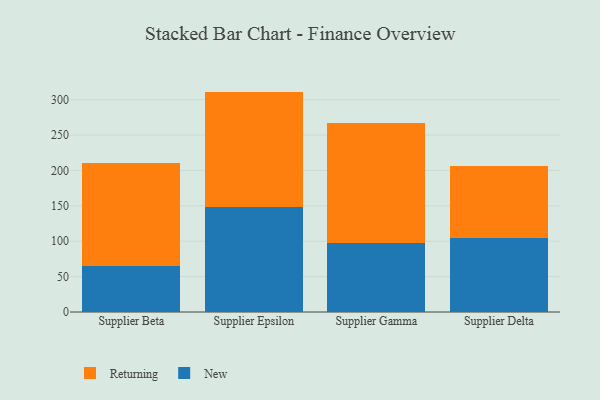
{"axis": {"x": "Supplier", "y": "Conversion Rate (%)"}, "legend": ["New", "Returning"], "data": [{"x": "Supplier Beta", "y": 64.7, "type": "New"}, {"x": "Supplier Beta", "y": 146.0, "type": "Returning"}, {"x": "Supplier Epsilon", "y": 148.2, "type": "New"}, {"x": "Supplier Epsilon", "y": 163.2, "type": "Returning"}, {"x": "Supplier Gamma", "y": 97.8, "type": "New"}, {"x": "Supplier Gamma", "y": 168.8, "type": "Returning"}, {"x": "Supplier Delta", "y": 104.1, "type": "New"}, {"x": "Supplier Delta", "y": 101.5, "type": "Returning"}]}